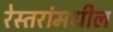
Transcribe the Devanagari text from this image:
रेस्तरांमधील